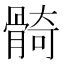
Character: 𩩛